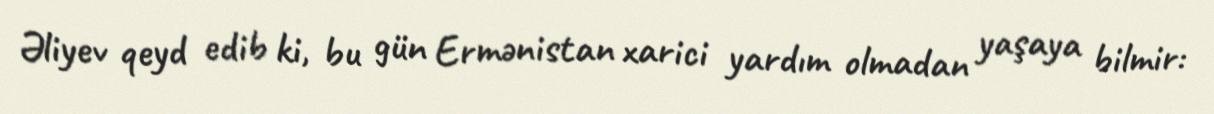
Əliyev qeyd edib ki, bu gün Ermənistan xarici yardım olmadan yaşaya bilmir: